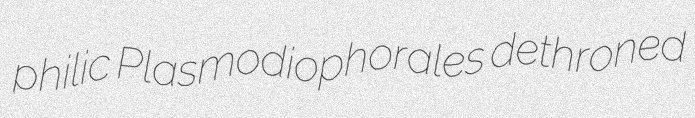
philic Plasmodiophorales dethroned